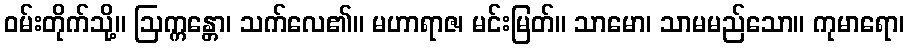
ဝမ်းတိုက်သို့။ ဩက္ကန္တော၊ သက်လေ၏။ မဟာရာဇ၊ မင်းမြတ်။ သာမော၊ သာမမည်သော။ ကုမာရော၊